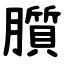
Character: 䑇